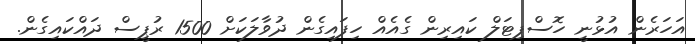
އަހަރެން އުޅުނީ ހޮސްޕިޓަލް ކައިރިން ގެއެއް ހިފައިގެން ދުވާލަކަށް 1500 ރުޕީސް ދައްކައިގެން.